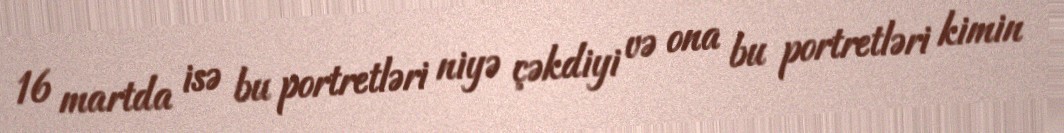
16 martda isə bu portretləri niyə çəkdiyi və ona bu portretləri kimin